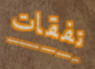
نفقات